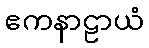
ဧကနာဠာယံ